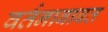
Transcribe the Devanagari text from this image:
वर्तनाबाबत